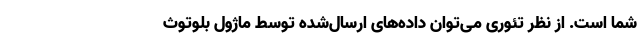
شما است. از نظر تئوری می‌توان داده‌های ارسال‌شده توسط ماژول بلوتوث